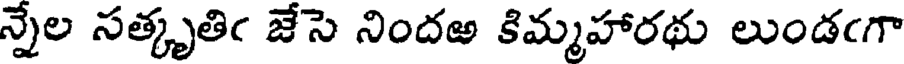
న్నేల సత్కృతిఁ జేసె నిందఱ కిమ్మహారథు లుండఁగా